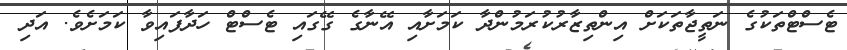
ޓެސްޓްތަކުގެ ނަތީޖާތަކަށް އިންތިޒާރުކުރަމުންދާ ކަމަށާއި އޭނާގެ ގޭގައި ޓެސްޓް ހަދާފައިވާ ކަމަށެވެ. އަދި